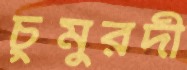
চুমুরদী